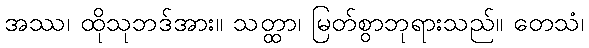
အဿ၊ ထိုသုဘဒ်အား။ သတ္ထာ၊ မြတ်စွာဘုရားသည်။ တေသံ၊